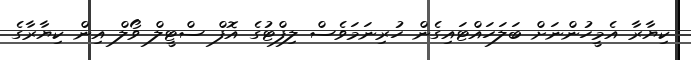
ކިޔާރާ އެމީހުންނަށް ބަލަހައްޓައިގެން ހުރިނަމަވެސް ލިފްޓުގެ އޮފް ސްޓީލް ވޯލް އިން ކިޔާރާގެ